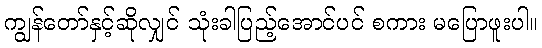
ကျွန်တော်နှင့်ဆိုလျှင် သုံးခါပြည့်အောင်ပင် စကား မပြောဖူးပါ။